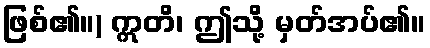
ဖြစ်၏။) ဣတိ၊ ဤသို့ မှတ်အပ်၏။